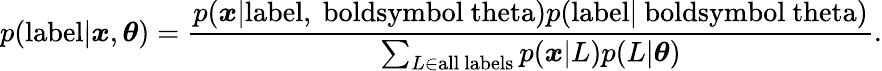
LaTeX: p(\mathrm{{label}}|{\boldsymbol{x}},{\boldsymbol{\theta}})={\frac{p({{\boldsymbol{x}}|\mathrm{{label,{\ boldsymbol{\ theta}}}}})p(\mathrm{{label|{\ boldsymbol{\ theta}}}})}{\sum_{L\in{\mathrm{all~labels}}}p({\boldsymbol{x}}|L)p(L|{\boldsymbol{\theta}})}}.